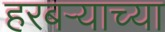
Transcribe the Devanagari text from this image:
हरबऱ्याच्या